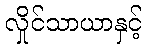
လှိုင်သာယာနှင့်